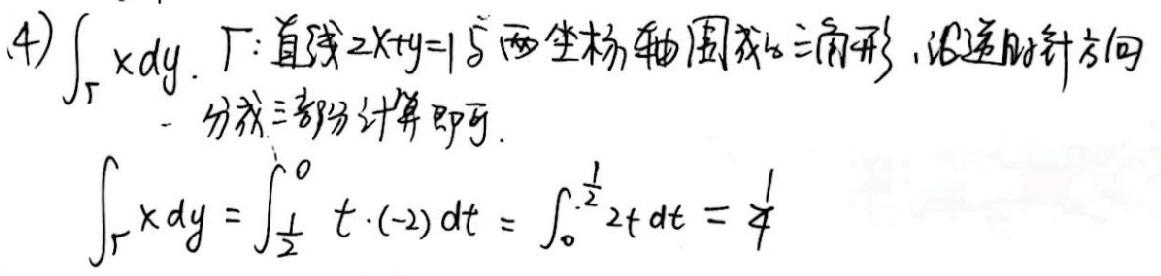
(4) $\int_{\Gamma} xdy$. $\Gamma$: 直线 $2x + y = 1$ 与两坐标轴围成的三角形, 沿逆时针方向.
 - 分成三部分计算即可.
$\int_{\Gamma} xdy=\int_{\frac{1}{2}}^{0}t\cdot(-2)dt=\int_{0}^{\frac{1}{2}}2tdt=\frac{1}{4}$